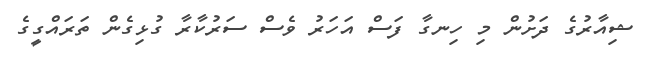
ޝިއާރުގެ ދަށުން މި ހިނގާ ފަސް އަހަރު ވެސް ސަރުކާރާ ގުޅިގެން ތަރައްގީގެ